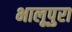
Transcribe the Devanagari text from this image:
भालूपुरा